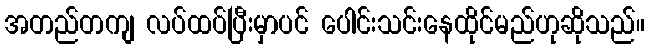
အတည်တကျ လပ်ထပ်ပြီးမှာပင် ပေါင်းသင်းနေထိုင်မည်ဟုဆိုသည်။